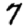
Digit: 7